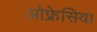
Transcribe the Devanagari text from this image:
ओफ्रेसिया